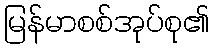
မြန်မာစစ်အုပ်စု၏